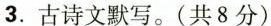
3.古诗文默写。(共8分)